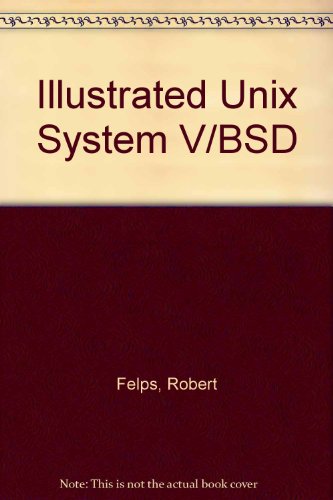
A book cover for Illustrated Unix System V/Bsd; Robert Felps; Computers & Technology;